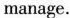
manage.